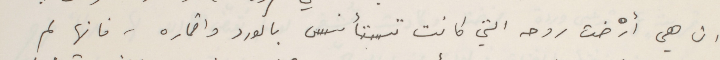
ان هي أرْضت روحه التي كانت تستأنس بالورد واقماره، فانها لم